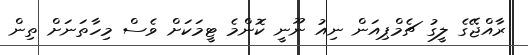
ރާއްޖޭގެ ލީގު ޗެމްޕިއަން ނިއު ނޫނީ ކޮންމެ ޓީމަކަށް ވެސް މިހާތަނަށް ތިން